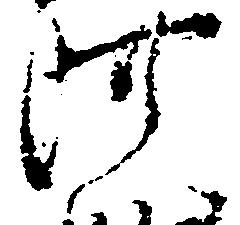
阿